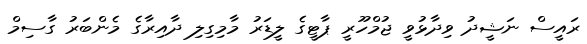
ރައީސް ނަޝީދު ވިދާޅުވީ ޖުމްހޫރީ ޕާޓީގެ ލީޑަރު މާމިގިލި ދާއިރާގެ މެންބަރު ގާސިމް